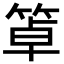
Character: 䈇